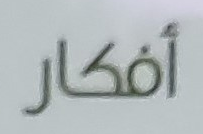
أفكار